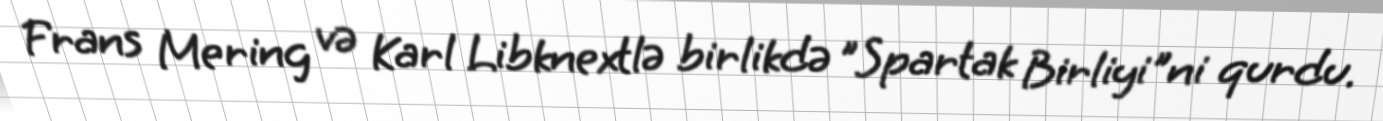
Frans Mering və Karl Libknextlə birlikdə "Spartak Birliyi"ni qurdu.